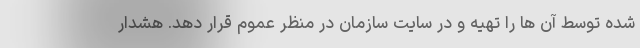
شده توسط آن ها را تهیه و در سایت سازمان در منظر عموم قرار دهد. هشدار